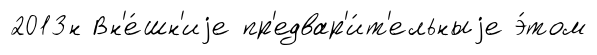
2013н Вн'е́шн'иjе пр'едвар'и́т'ельныjе э́том